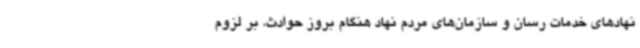
نهادهای خدمات رسان و سازمان‌های مردم نهاد هنگام بروز حوادث، بر لزوم